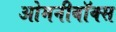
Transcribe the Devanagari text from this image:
ओमनीबॉक्स